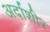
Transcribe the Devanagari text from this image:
अर्दाशीर